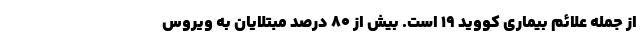
از جمله علائم بیماری کووید ۱۹ است. بیش از ۸۰ درصد مبتلایان به ویروس